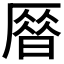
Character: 𠪞